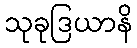
သုခုဒြယာနိ